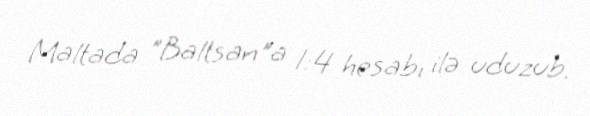
Maltada "Baltsan"a 1:4 hesabı ilə uduzub.